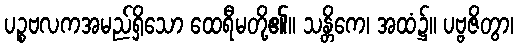
ပဉ္စဗလကအမည်ရှိသော ထေရီမတို့၏။ သန္တိကေ၊ အထံ၌။ ပဗ္ဗဇိတွာ၊